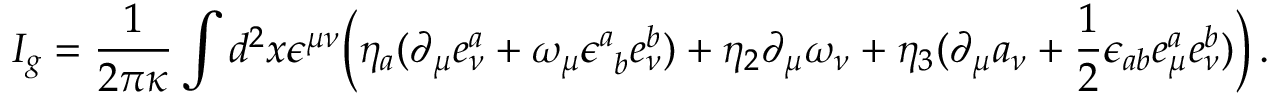
I _ { g } = \frac { 1 } { 2 \pi \kappa } \int d ^ { 2 } x \epsilon ^ { \mu \nu } \Bigl ( \eta _ { a } ( \partial _ { \mu } e _ { \nu } ^ { a } + \omega _ { \mu } \epsilon _ { ~ b } ^ { a } e _ { \nu } ^ { b } ) + \eta _ { 2 } \partial _ { \mu } \omega _ { \nu } + \eta _ { 3 } ( \partial _ { \mu } a _ { \nu } + \frac { 1 } { 2 } \epsilon _ { a b } e _ { \mu } ^ { a } e _ { \nu } ^ { b } ) \Bigr ) \, .